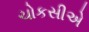
ચોકસીએ